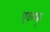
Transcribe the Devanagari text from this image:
एव्ग्फ्